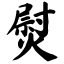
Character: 熨